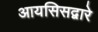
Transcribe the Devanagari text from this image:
आयसिसद्वारे